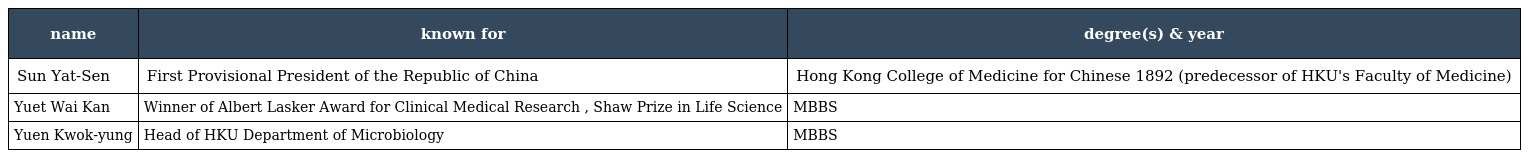
| name | known for | degree(s) & year |
 | --- | --- | --- |
 | Sun Yat-Sen | First Provisional President of the Republic of China | Hong Kong College of Medicine for Chinese 1892 (predecessor of HKU's Faculty of Medicine) |
 | Yuet Wai Kan | Winner of Albert Lasker Award for Clinical Medical Research , Shaw Prize in Life Science | MBBS |
 | Yuen Kwok-yung | Head of HKU Department of Microbiology | MBBS |